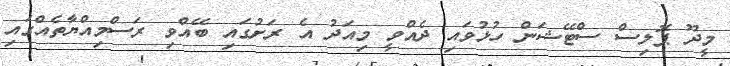
މީދޫ ޕޮލިސް ސްޓޭޝަން ހުޅުވައި ދެއްވީ މިއަދު އެ ރަށުގައި ބޭއްވި ރަސްމިއްޔާތެއްގައި